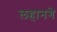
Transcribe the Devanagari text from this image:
लहानगे